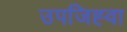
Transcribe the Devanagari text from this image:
उपजिह्वा